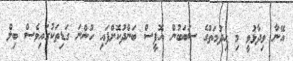
އޭނާ ވިދާޅުވީ މި ހިދުމަތުގެ ސަބަބުން އޮފީސް ބަންދުކޮށްފައި ހުންނަ ގަޑިތަކުގައިވެސް ބިލް